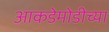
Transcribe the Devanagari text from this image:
आकडेमोडीच्या